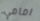
امامي